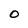
Character: O